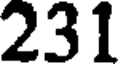
231